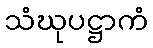
သံဃုပဋ္ဌာကံ